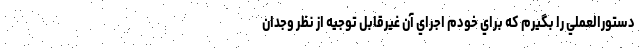
دستورالعملي را بگيرم كه براي خودم اجراي آن غيرقابل توجيه از نظر وجدان